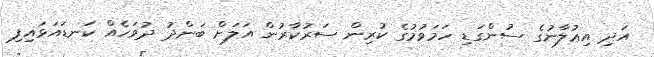
އަދި އިޢުލާނުގެ ސުންގަޑި ހަމަވުމުގެ ކުރިން ސަރުކާރުން އަލަށް ބަންދު ދުވަހެއް ކަނޑައަޅައިފި